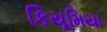
કિયૂમિયા